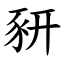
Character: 豜